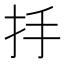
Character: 抙